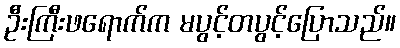
ဦးကြီးဖရောက်က မပွင့်တပွင့်ပြောသည်။